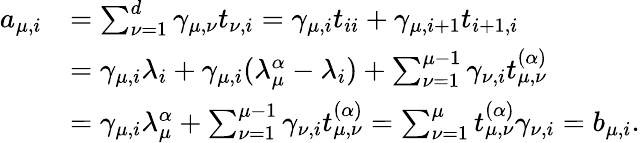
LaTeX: \begin{array}{rl}{a_{\mu,i}}&{=\sum_{\nu=1}^{d}\gamma_{\mu,\nu}t_{\nu,i}=\gamma_{\mu,i}t_{ii}+\gamma_{\mu,i+1}t_{i+1,i}}\\ &{=\gamma_{\mu,i}\lambda_{i}+\gamma_{\mu,i}(\lambda_{\mu}^{\alpha}-\lambda_{i})+\sum_{\nu=1}^{\mu-1}\gamma_{\nu,i}t_{\mu,\nu}^{(\alpha)}}\\ &{=\gamma_{\mu,i}\lambda_{\mu}^{\alpha}+\sum_{\nu=1}^{\mu-1}\gamma_{\nu,i}t_{\mu,\nu}^{(\alpha)}=\sum_{\nu=1}^{\mu}t_{\mu,\nu}^{(\alpha)}\gamma_{\nu,i}=b_{\mu,i}.}\end{array}